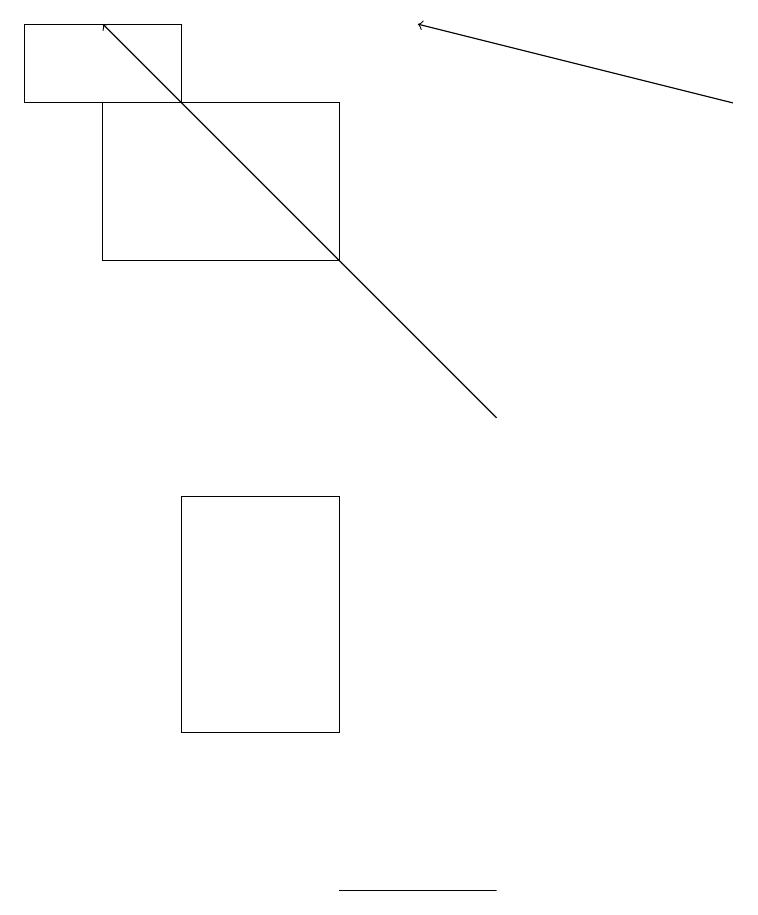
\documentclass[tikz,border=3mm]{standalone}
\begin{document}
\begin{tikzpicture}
\draw[->] (6,14) -- (1,19);
\draw (6,8) -- (5,8) -- (4,8) -- cycle;
\draw (2,18) rectangle (0,19);
\draw (1,18) rectangle (4,16);
\draw (4,13) rectangle (2,10);
\draw[->] (9,18) -- (5,19);
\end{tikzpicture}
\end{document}